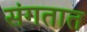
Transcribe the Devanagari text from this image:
संगतात